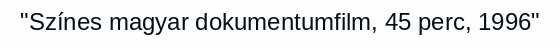
"Színes magyar dokumentumfilm, 45 perc, 1996"